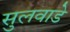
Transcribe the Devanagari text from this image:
सुलवाडे